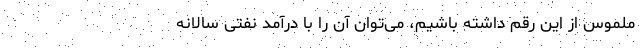
ملموس از این رقم داشته باشیم، می‌توان آن را با درآمد نفتی سالانه